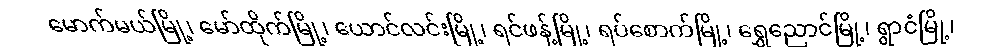
မောက်မယ်မြို့၊ မော်ထိုက်မြို့၊ ယောင်လင်းမြို့၊ ရင်ဖန့်မြို့၊ ရပ်စောက်မြို့၊ ရွှေညောင်မြို့၊ ရွာငံမြို့၊